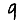
Digit: 9